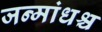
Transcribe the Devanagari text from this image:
जन्मांधश्च